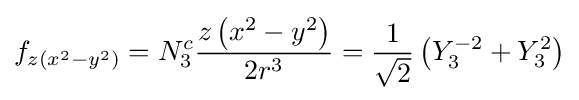
f_{z(x^{2}-y^{2})}=N_{3}^{c}{\frac {z\left(x^{2}-y^{2}\right)}{2r^{3}}}={\frac {1}{\sqrt {2}}}\left(Y_{3}^{-2}+Y_{3}^{2}\right)